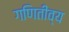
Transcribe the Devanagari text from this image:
गणितीव्य